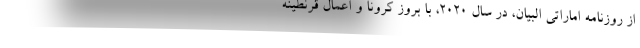
از روزنامه اماراتی البیان، در سال 2020، با بروز کرونا و اعمال قرنطینه